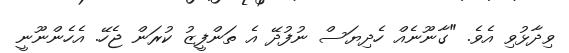
ވިދާޅުވި އެވެ. "ގާނޫނެއް ހެދިޔަސް ނުފުދޭ އެ ތަންފީޒު ކުރަން ޖެހޭ. އެހެންނޫނީ